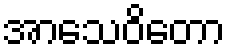
အာသေဝိတော